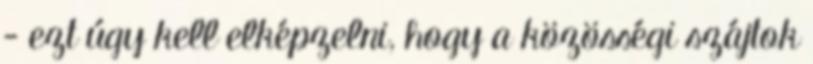
- ezt úgy kell elképzelni, hogy a közösségi szájtok